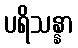
ပရိသန္နာ